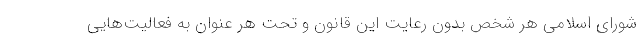
شورای اسلامی هر شخص بدون رعایت این قانون و تحت هر عنوان به فعالیت‌هایی